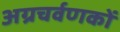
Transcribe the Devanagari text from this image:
अग्रचर्वणकों